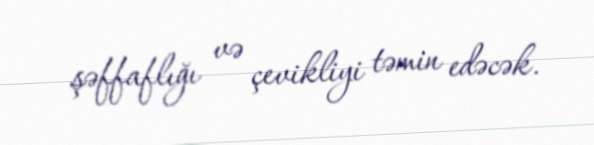
şəffaflığı və çevikliyi təmin edəcək.